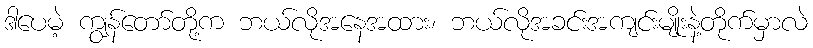
ဒါပေမဲ့ ကျွန်တော်တို့က ဘယ်လိုအနေအထား၊ ဘယ်လိုအခင်းအကျင်းမျိုးနဲ့တိုက်မှာလဲ